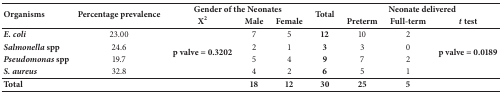
<table><thead><tr><td rowspan="2"><b>Organisms</b></td><td rowspan="2"><b>Percentage prevalence</b></td><td colspan="3"><b>Gender of the Neonates</b></td><td rowspan="2"><b>Total</b></td><td colspan="3"><b>Neonate delivered</b></td></tr><tr><td><b>X<sup>2</sup></b></td><td><b>Male</b></td><td><b>Female</b></td><td><b>Preterm</b></td><td><b>Full-term</b></td><td><b><i>t</i> test</b></td></tr></thead><tbody><tr><td><b><i>E. coli</i></b></td><td>23.00</td><td rowspan="4"><b>p valve = 0.3202</b></td><td>7</td><td>5</td><td><b>12</b></td><td>10</td><td>2</td><td rowspan="4"><b>p valve = 0.0189</b></td></tr><tr><td><b><i>Salmonella</i> spp</b></td><td>24.6</td><td>2</td><td>1</td><td><b>3</b></td><td>3</td><td>0</td></tr><tr><td><b><i>Pseudomonas </i>spp</b></td><td>19.7</td><td>5</td><td>4</td><td><b>9</b></td><td>7</td><td>2</td></tr><tr><td><b><i>S. aureus</i></b></td><td>32.8</td><td>4</td><td>2</td><td><b>6</b></td><td>5</td><td>1</td></tr><tr><td><b>Total</b></td><td> </td><td> </td><td><b>18</b></td><td><b>12</b></td><td><b>30</b></td><td><b>25</b></td><td><b>5</b></td><td> </td></tr></tbody></table>